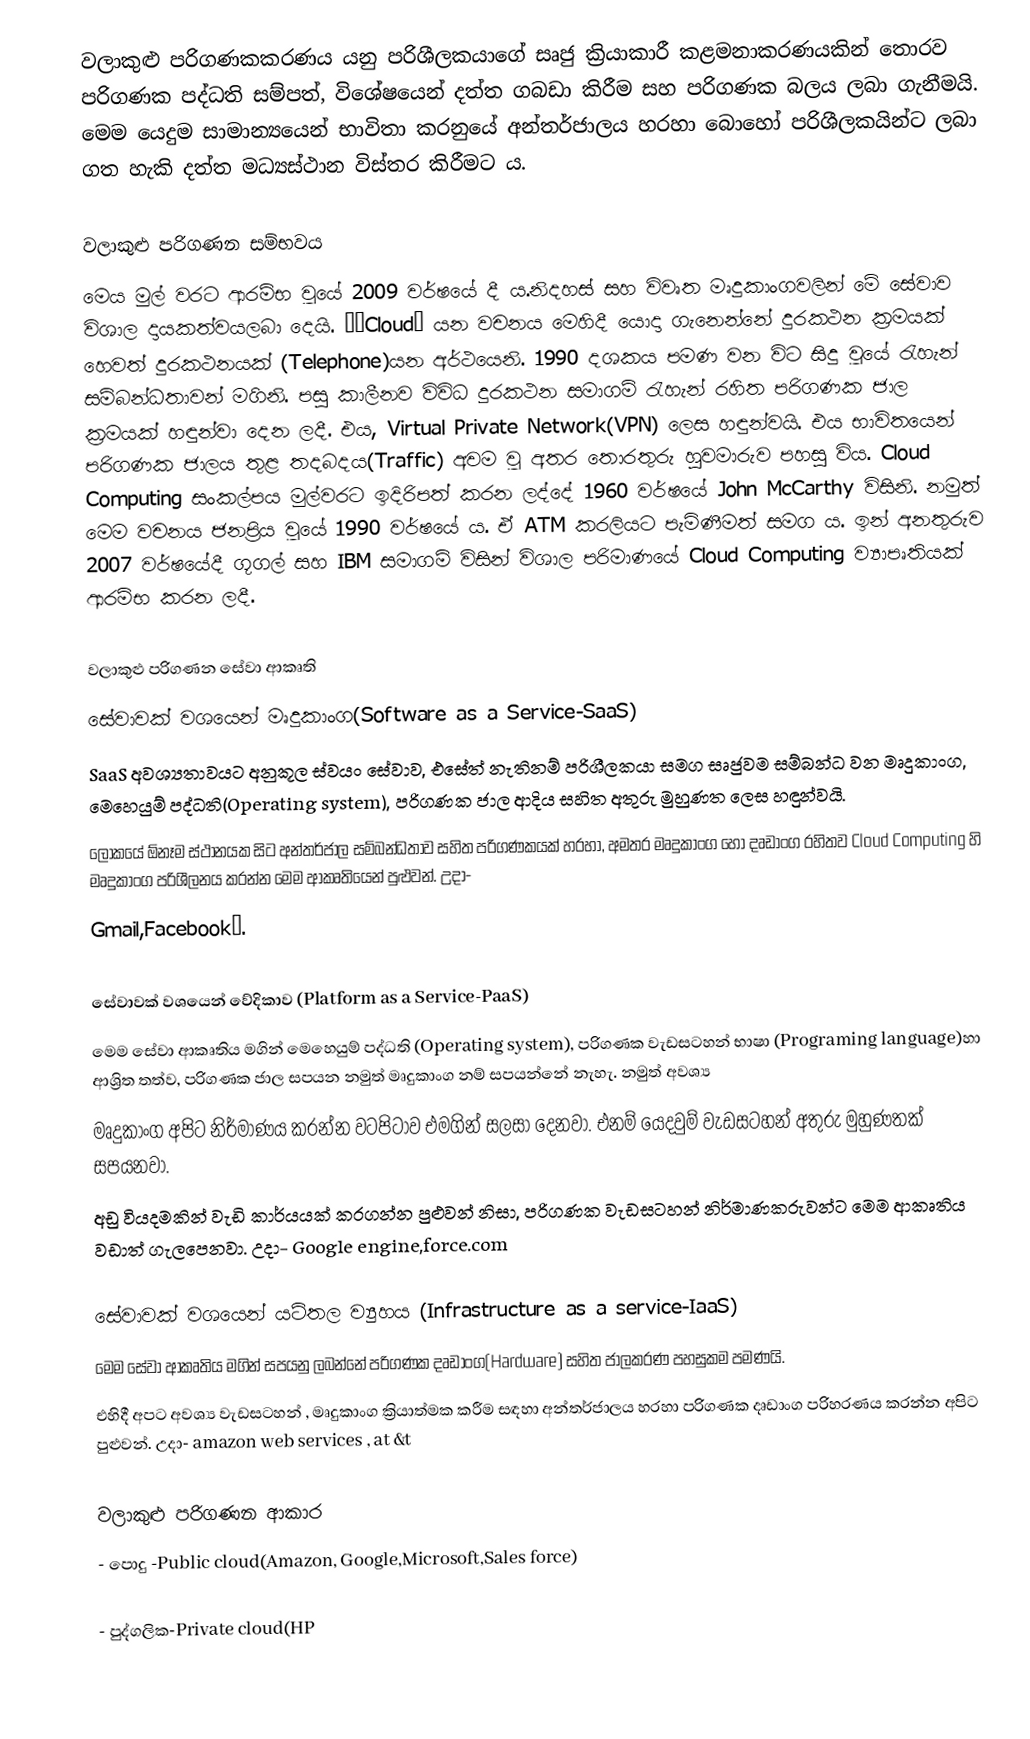
වලාකුළු පරිගණකකරණය යනු පරිශීලකයාගේ සෘජු ක්‍රියාකාරී කළමනාකරණයකින් තොරව පරිගණක පද්ධති සම්පත්, විශේෂයෙන් දත්ත ගබඩා කිරීම සහ පරිගණක බලය ලබා ගැනීමයි. මෙම යෙදුම සාමාන්‍යයෙන් භාවිතා කරනුයේ අන්තර්ජාලය හරහා බොහෝ පරිශීලකයින්ට ලබා ගත හැකි දත්ත මධ්‍යස්ථාන විස්තර කිරීමට ය.

වලාකුළු පරිගණන සම්භවය
මෙය මුල් වරට ආරම්භ වූයේ 2009 වර්ෂයේ දී ය.නිදහස් සහ විවෘත මෘදුකාංගවලින් මේ සේවාව විශාල දායකත්වයලබා දෙයි. ‘‘Cloud” යන වචනය මෙහිදී යොදා ගැනෙන්නේ දුරකථන ක්‍රමයක් හෙවත් දුරකථනයක් (Telephone)යන අර්ථයෙනි. 1990 දශකය පමණ වන විට  සිදු වූයේ රැහැන් සම්බන්ධතාවන් මගිනි. පසු කාලීනව විවිධ දුරකථන සමාගම් රැහැන් රහිත පරිගණක ජාල ක්‍රමයක් හඳුන්වා දෙන ලදී. එය, Virtual Private Network(VPN) ලෙස හඳුන්වයි. එය භාවිතයෙන් පරිගණක ජාලය තුළ තදබදය(Traffic) අවම වූ අතර තොරතුරු හුවමාරුව පහසු විය. Cloud Computing සංකල්පය මුල්වරට ඉදිරිපත් කරන ලද්දේ 1960 වර්ෂයේ John McCarthy විසිනි. නමුත් මෙම වචනය ජනප්‍රිය වූයේ 1990 වර්ෂයේ ය. ඒ ATM කරලියට පැමිණීමත් සමග ය. ඉන් අනතුරුව 2007 වර්ෂයේදී ගූගල් සහ IBM සමාගම් විසින් විශාල පරිමාණයේ Cloud Computing ව්‍යාපෘතියක් ආරම්භ කරන ලදී.

වලාකුළු පරිගණන සේවා ආකෘති
   සේවාවක් වශයෙන් මෘදුකාංග(Software as a Service-SaaS)
      SaaS අවශ්‍යතාවයට අනුකූල ස්වයං සේවාව, එසේත් නැතිනම් පරිශීලකයා සමග සෘජුවම සම්බන්ධ වන මෘදුකාංග, ‍මෙහෙයුම් පද්ධති(Operating system), පරිගණක ජාල ආදිය සහිත අතුරු මුහුණත ලෙස හඳුන්වයි.
      ලෝකයේ ඕනෑම ස්ථානයක සිට අන්තර්ජාල සම්බන්ධතාව සහිත පරිගණකයක් හරහා, අමතර මෘදුකාංග හෝ දෘඩාංග රහිතව Cloud Computing හි මෘදුකාංග පරිශීලනය කරන්න මෙම ආකෘතියෙන් පුළුවන්. උදා-
      Gmail,Facebook….

   සේවාවක් වශයෙන් වේදිකාව (Platform as a Service-PaaS)
      මෙම සේවා ආකෘතිය මගින් මෙහෙයුම් පද්ධති (Operating system), පරිගණක වැඩසටහන් භාෂා (Programing language)හා ආශ්‍රිත තත්ව, පරිගණක ජාල සපයන නමුත් මෘදුකාංග නම් සපයන්නේ නැහැ. නමුත් අවශ්‍ය
      මෘදුකාංග අපිට නිර්මාණය කරන්න වටපිටාව එමගින් සලසා දෙනවා. එනම් යෙදවුම් වැඩසටහන් අතුරු මුහුණතක් සපයනවා.
      අඩු වියදමකින් වැඩි කාර්යයක් කරගන්න පුළුවන් නිසා, පරිගණක වැඩසටහන් නිර්මාණකරුවන්ට මෙම ආකෘතිය වඩාත් ගැලපෙනවා. උදා- Google engine,force.com

   සේවාවක් වශයෙන් යටිතල ව්‍යුහය (Infrastructure as a service-IaaS)
      මෙම සේවා ආකෘතිය මගින් සපයනු ලබන්නේ පරිගණක දෘඩාංග(Hardware) සහිත ජාලකරණ පහසුකම පමණයි.
      එහිදී අපට අවශ්‍ය වැඩසටහන් , මෘදුකාංග ක්‍රියාත්මක කරීම සඳහා අන්තර්ජාලය හරහා පරිගණක දෘඩාංග පරිහරණය කරන්න අපිට පුළුවන්. උදා- amazon web services , at &t

වලාකුළු පරිගණන ආකාර
 - පොදු -Public cloud(Amazon, Google,Microsoft,Sales force)

 - පුද්ගලික-Private cloud(HP